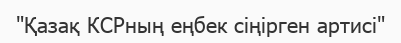
"Қазақ КСРның еңбек сіңірген артисі"